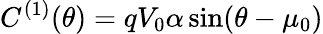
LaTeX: C^{(1)}(\theta)=qV_{0}\alpha\sin(\theta-\mu_{0})